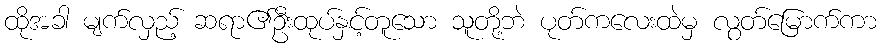
ထိုအခါ မျက်လှည့် ဆရာ၏ဦးထုပ်နှင့်တူသော သူတို့ဘဲ ပုတ်ကလေးထဲမှ လွတ်မြောက်ကာ